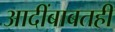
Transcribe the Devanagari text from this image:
आदींबाबतही